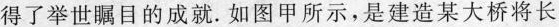
得了举世瞩目的成就。如图甲所示，是建造某大桥将长